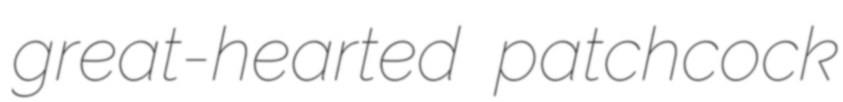
great-hearted patchcock